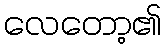
လေတော့၏